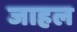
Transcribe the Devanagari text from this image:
जाहल